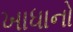
ખાધાનો